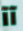
آآ